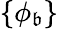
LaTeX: \left\{ \phi_{\mathfrak{b}}\right\}